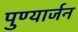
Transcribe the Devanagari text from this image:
पुण्यार्जन